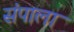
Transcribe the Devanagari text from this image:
संपाला